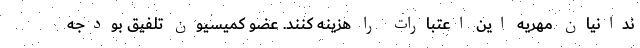
ندانیان مهریه این اعتبارات را هزینه کنند. عضو کمیسیون تلفیق بودجه